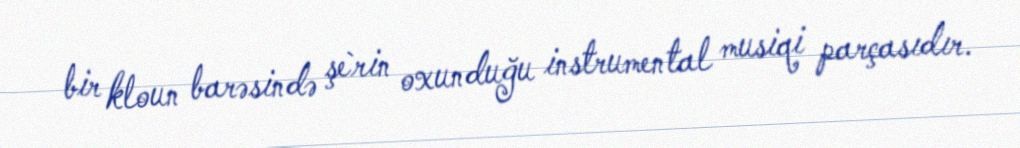
bir kloun barəsində şe`rin oxunduğu instrumental musiqi parçasıdır.